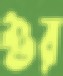
শুর